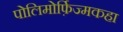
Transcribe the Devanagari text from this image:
पोलिमोर्फ़िज्मकहा